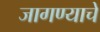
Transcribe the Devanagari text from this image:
जागण्याचे